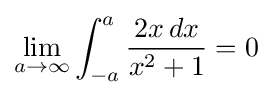
\lim _{a\to \infty }\int _{-a}^{a}{\frac {2x\,dx}{x^{2}+1}}=0